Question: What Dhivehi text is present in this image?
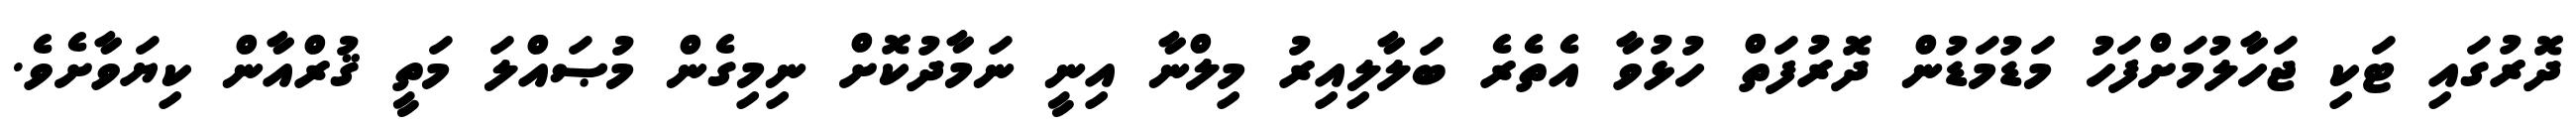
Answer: ދޮރުގައި ޓަކި ޖަހާލުމަށްފަހު މަޑުމަޑުން ދޮރުފަތް ހުޅުވާ އެތެރެ ބަލާލިއިރު މިލްނާ އިނީ ނަމާދުކޮށް ނިމިގެން މުޞައްލަ މަތީ ޤުރްއާން ކިޔަވާށެވެ.